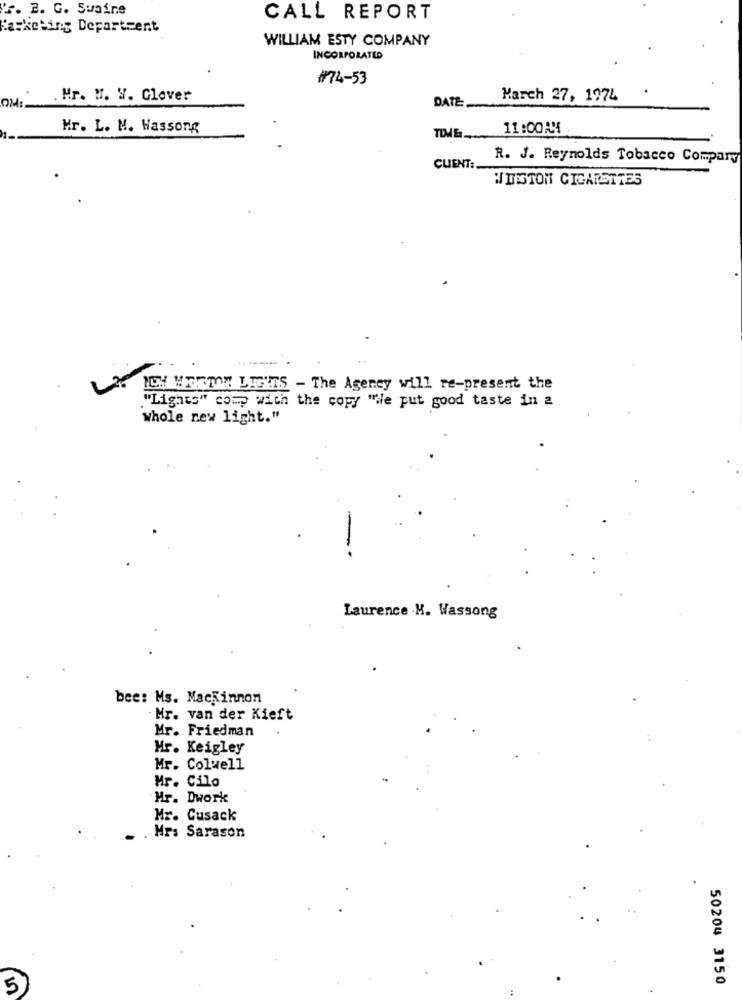
r. E. G. Swaine
CALL REPORT
Basketing Department
WILLIAM ESTY COMPANY
INCORPORATED
#74-53
. Mr. M. V. Glover
DATE
March 27, 1974
OM:
Hr. L. M. Wassong
11:00AM
TIME ...
R. J. Reynolds Tobacco Company
CLIENT :.
WINSTON CIGARETTES
ICH VOICIAM LIGHTS - The Agency will re-present the
."Lights" comp with the copy "He put good taste in 2
whole new light."
Laurence .M. Wassong
bee: Ms. Mackinnon
Mr. van der Kieft
Mr. Friedman
Mr. Keigley
Mr. Colwell
Mr. Cilo
Mr. Dwork
Mr. Cusack
Mr: Sarason
50204 3150
5